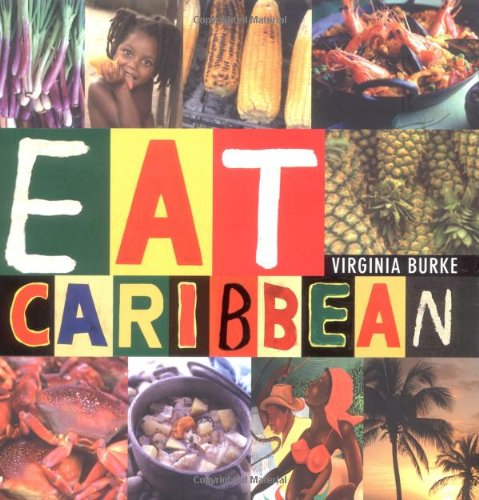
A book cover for Eat Caribbean; Virginia Burke; Cookbooks, Food & Wine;